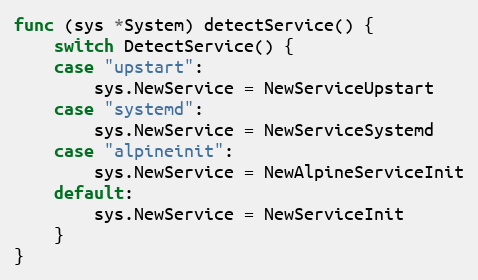
Language: Go
func (sys *System) detectService() {
	switch DetectService() {
	case "upstart":
		sys.NewService = NewServiceUpstart
	case "systemd":
		sys.NewService = NewServiceSystemd
	case "alpineinit":
		sys.NewService = NewAlpineServiceInit
	default:
		sys.NewService = NewServiceInit
	}
}